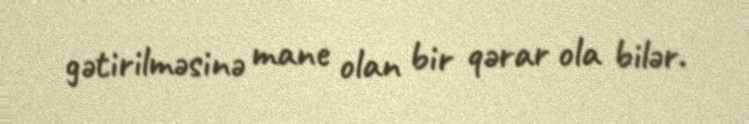
gətirilməsinə mane olan bir qərar ola bilər.